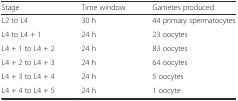
<table><thead><tr><td><b>Stage</b></td><td><b>Time window</b></td><td><b>Gametes produced</b></td></tr></thead><tbody><tr><td>L2 to L4</td><td>30 h</td><td>44 primary spermatocytes</td></tr><tr><td>L4 to L4 + 1</td><td>24 h</td><td>23 oocytes</td></tr><tr><td>L4 + 1 to L4 + 2</td><td>24 h</td><td>83 oocytes</td></tr><tr><td>L4 + 2 to L4 + 3</td><td>24 h</td><td>64 oocytes</td></tr><tr><td>L4 + 3 to L4 + 4</td><td>24 h</td><td>5 oocytes</td></tr><tr><td>L4 + 4 to L4 + 5</td><td>24 h</td><td>1 oocyte</td></tr></tbody></table>